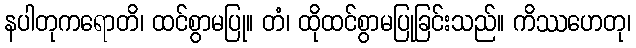
နပါတုကရောတိ၊ ထင်စွာမပြု။ တံ၊ ထိုထင်စွာမပြုခြင်းသည်။ ကိဿဟေတု၊